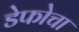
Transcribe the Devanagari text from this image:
डेफोचा